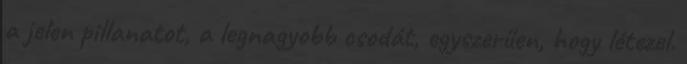
a jelen pillanatot, a legnagyobb csodát, egyszerűen, hogy létezel.